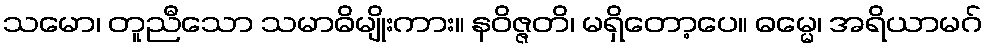
သမော၊ တူညီသော သမာဓိမျိုးကား။ နဝိဇ္ဇတိ၊ မရှိတော့ပေ။ ဓမ္မေ၊ အရိယာမဂ်